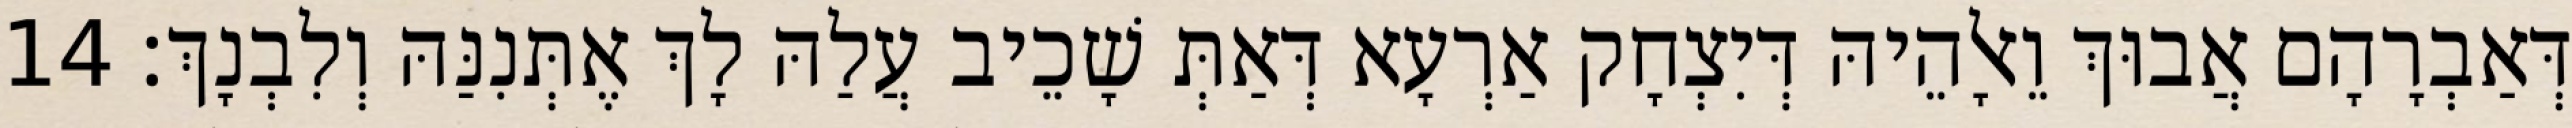
דְּאַבְרָהָם אֲבוּךְ וֵאלָהֵיהּ דְּיִצְחָק אַרְעָא דְּאַתְּ שָׁכֵיב עֲלַהּ לָךְ אֶתְּנִנַּהּ וְלִבְנָךְ׃ 14